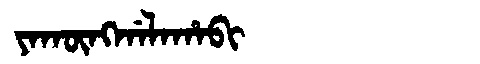
Manchu: ᠶᠠᡴᡡᠩᡤᠠᠯᠠᡥᠠᠪᡳ
Romanization: YAKŪNGGALAHABI